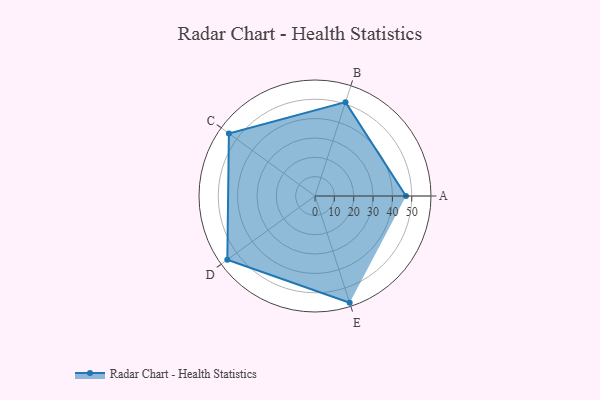
{"axis": {"x": "Skill", "y": "Score"}, "legend": ["Profile"], "data": [{"x": "A", "y": 47.0, "type": "Profile"}, {"x": "B", "y": 51.0, "type": "Profile"}, {"x": "C", "y": 55.0, "type": "Profile"}, {"x": "D", "y": 56.0, "type": "Profile"}, {"x": "E", "y": 58.0, "type": "Profile"}]}